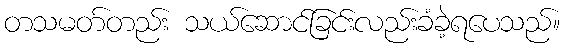
တသမတ်တည်း သယ်ဆောင်ခြင်းလည်းခံခဲ့ရပေသည်။